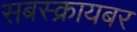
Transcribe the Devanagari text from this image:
सबस्क्रायबर